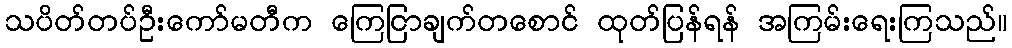
သပိတ်တပ်ဦးကော်မတီက ကြေငြာချက်တစောင် ထုတ်ပြန်ရန် အကြမ်းရေးကြသည်။